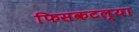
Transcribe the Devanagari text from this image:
फिसकटल्या